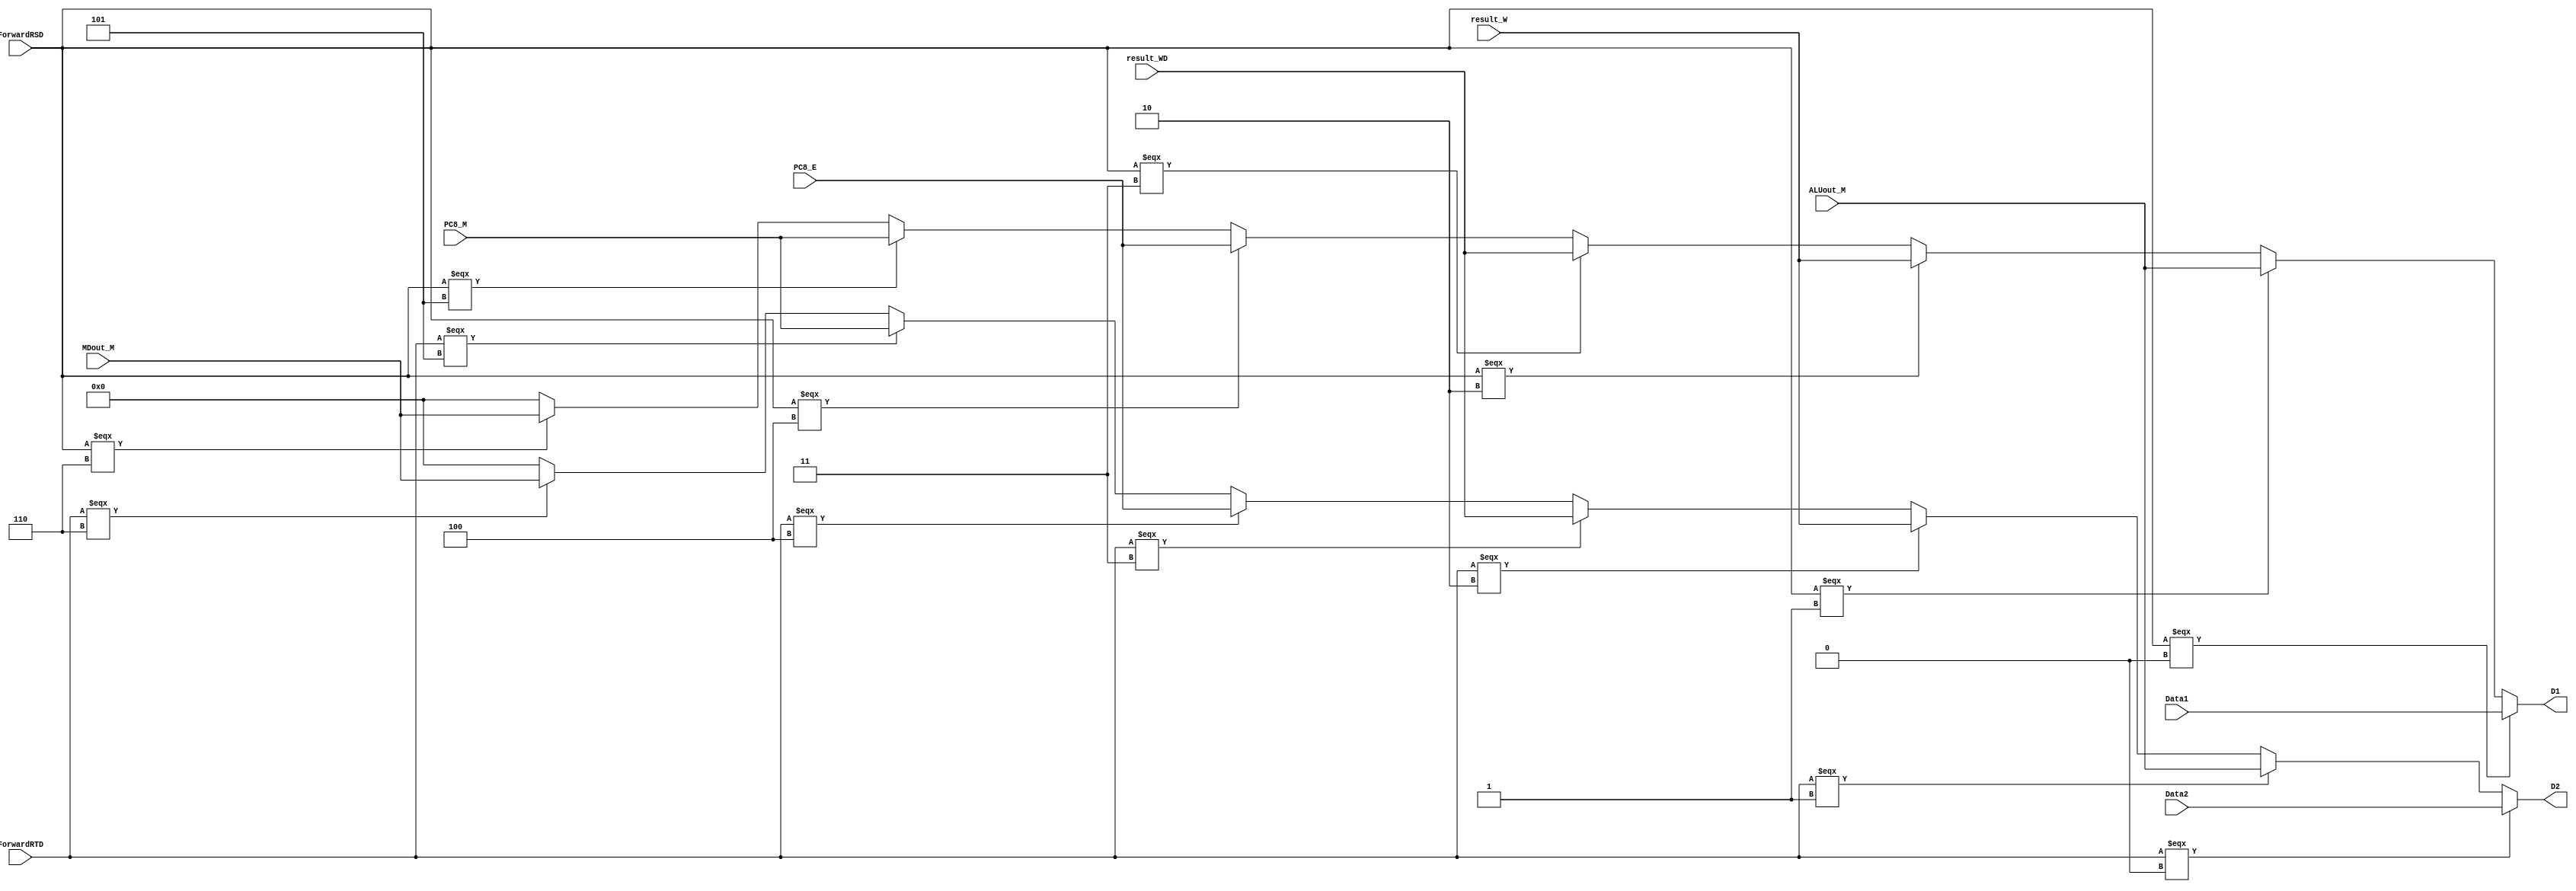
`timescale 1ns / 1ps
//////////////////////////////////////////////////////////////////////////////////
// Company: 
// Engineer: 
// 
// Design Name: 
// Module Name:    ID_MUX 
// Project Name: 
// Target Devices: 
// Tool versions: 
// Description: 
//
// Dependencies: 
//
// Revision: 
// Revision 0.01 - File Created
// Additional Comments: 
//
//////////////////////////////////////////////////////////////////////////////////
module ID_MUX(
	 input [2:0] ForwardRSD,
	 input [2:0] ForwardRTD,
	 input [31:0] PC8_E,
	 input [31:0] PC8_M,
	 input [31:0] result_W,
	 input [31:0] result_WD,
	 input [31:0] Data1,
	 input [31:0] Data2,
	 input [31:0] ALUout_M,
	 input [31:0] MDout_M,
	 output [31:0] D1,
	 output [31:0] D2
    );

	 assign D1 = 
		(ForwardRSD === 0)?Data1:
		(ForwardRSD === 1)?ALUout_M:
		//(ForwardRSD === 2)?MDout_M:
		(ForwardRSD === 2)?result_W:
		(ForwardRSD === 3)?result_WD:
		(ForwardRSD === 4)?PC8_E:
		(ForwardRSD === 5)?PC8_M:
		(ForwardRSD === 6)?MDout_M:0;
		
	 assign D2 = 
		(ForwardRTD === 0)?Data2:
		(ForwardRTD === 1)?ALUout_M:
		(ForwardRTD === 2)?result_W:
		(ForwardRTD === 3)?result_WD:
		(ForwardRTD === 4)?PC8_E:
		(ForwardRTD === 5)?PC8_M:
		(ForwardRTD === 6)?MDout_M:0;



endmodule